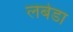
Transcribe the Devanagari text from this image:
लबेडा